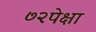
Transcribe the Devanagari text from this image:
७२पेक्षा